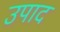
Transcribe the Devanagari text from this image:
उपाद